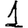
Digit: 1